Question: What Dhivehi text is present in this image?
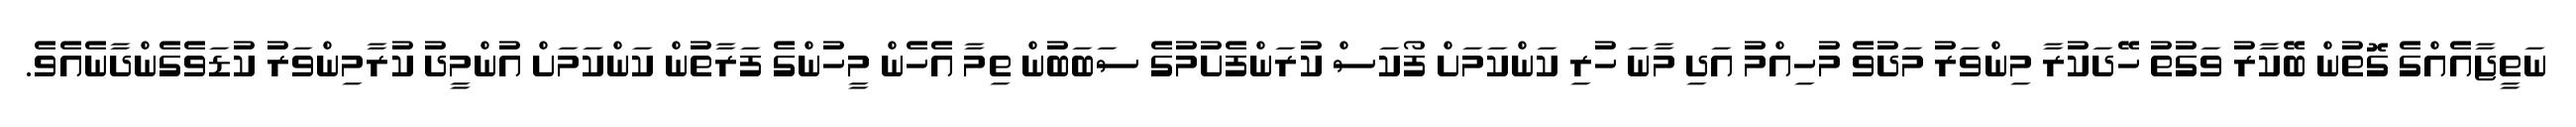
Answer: ނަތީޖާއެއްގެ ގޮތުން ބޭކާރު ވަގުތު ހޭދަކުރާ މިންވަރު މަދުވެ މުހިއްމު އަދި މާނަ ހުރި ކަންކަމަށް ފޯކަސް ކުރަންފެށުމުގެ ސަބަބުން ތިމާ އެހެން މީހުންގެ ފަރާތުން ކަންކަމަށް އުންމީދު ކުރާމިންވަރު ކުޑަވެގެންދާނެއެވެ.